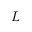
L